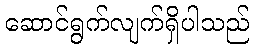
ဆောင်ရွက်လျက်ရှိပါသည်